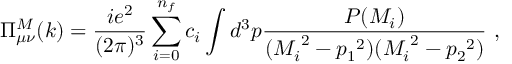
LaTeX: \Pi _ { \mu \nu } ^ { M } ( k ) = \frac { i e ^ { 2 } } { ( 2 \pi ) ^ { 3 } } \sum _ { i = 0 } ^ { n _ { f } } c _ { i } \int d ^ { 3 } p \frac { P ( M _ { i } ) } { ( { M _ { i } } ^ { 2 } - { p _ { 1 } } ^ { 2 } ) ( { M _ { i } } ^ { 2 } - { p _ { 2 } } ^ { 2 } ) } \, \, ,